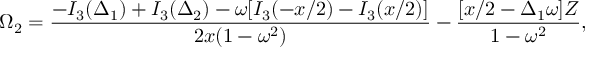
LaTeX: \Omega _ { 2 } = \frac { - I _ { 3 } ( \Delta _ { 1 } ) + I _ { 3 } ( \Delta _ { 2 } ) - \omega [ I _ { 3 } ( - x / 2 ) - I _ { 3 } ( x / 2 ) ] } { 2 x ( 1 - \omega ^ { 2 } ) } - \frac { [ x / 2 - \Delta _ { 1 } \omega ] Z } { 1 - \omega ^ { 2 } } ,